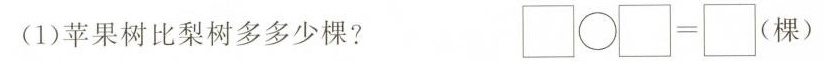
(1)苹果树比梨树多多少棵? \Box \bigcirc \Box = \Box (棵)